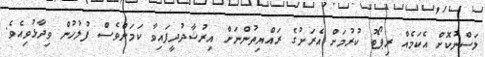
ލަސްނުކޮށް އެކަމެއް ރިޕޯޓު ކުރުމަށް އެރަށުގެ ރައްޔިތުންނަށް އިރުޝާދުދީފައިވާ ކަމަށްވެސް ފުލުހުން ވިދާޅުވިއެވެ.